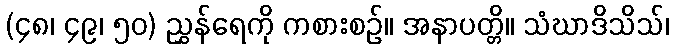
(၄၈၊ ၄၉၊ ၅၀) ညွှန်ရေကို ကစားစဉ်။ အနာပတ္တိ။ သံဃာဒိသိသ်၊